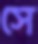
সে